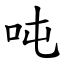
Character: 吨